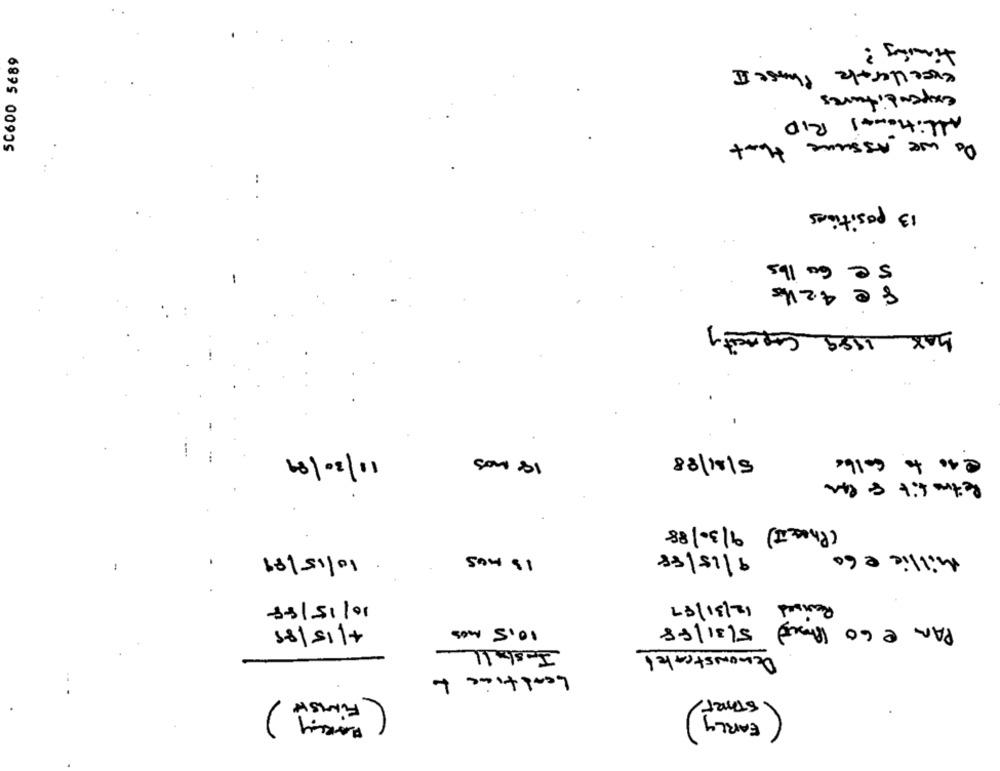
timing ?
50600 5€89
excellerate Phase I
expenditures
Allitional RID
Do we Assume
that
13 positions
5 € 60 lbs
8 @ 42 hs
bax 1989 Capacity
11/30/89
5/11/88
18 mos
€ 40 to Golbe
Retro fit 8 cm
(Phone II) 9/30/88
10/15/89
15 mos
9/15/88
Millie e 60
12/31/87
10/15/88
Raised
PAR e 60 (Proud) 5/31/88
4/15/ 89
10.5 mos
Jeshall
Demonstrated
Leadtime to
FINISH
START
)
EARLY )
MARLY